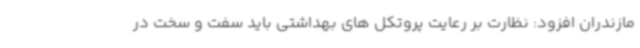
مازندران افزود: نظارت بر رعایت پروتکل های بهداشتی باید سفت و سخت در